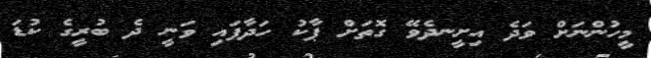
މީހުންނަށް ވަދެ އިށީނދެވޭ ގޮތަށް ޕާކު ހަދާފައި ވަނީ ދެ ބުރީގެ ކުޑަ